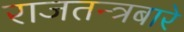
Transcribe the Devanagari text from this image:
राजतन्त्रबारे